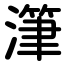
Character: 潷